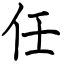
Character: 任